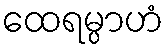
ထေရမ္ပာဟံ